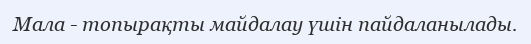
Мала - топырақты майдалау үшін пайдаланылады.